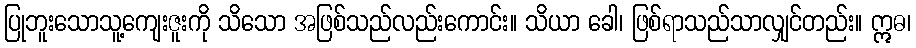
ပြုဘူးသောသူ့ကျေးဇူးကို သိသော အဖြစ်သည်လည်းကောင်း။ သိယာ ခေါ၊ ဖြစ်ရာသည်သာလျှင်တည်း။ ဣဓ၊